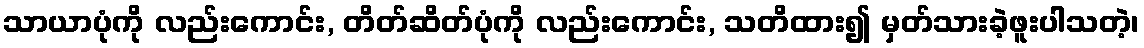
သာယာပုံကို လည်းကောင်း, တိတ်ဆိတ်ပုံကို လည်းကောင်း, သတိထား၍ မှတ်သားခဲ့ဖူးပါသတဲ့၊